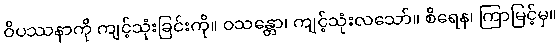
ဝိပဿနာကို ကျင့်သုံးခြင်းကို။ ဝသန္တော၊ ကျင့်သုံးလသော်။ စိရေန၊ ကြာမြင့်မှ။